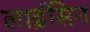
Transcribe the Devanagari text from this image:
लाईसिन